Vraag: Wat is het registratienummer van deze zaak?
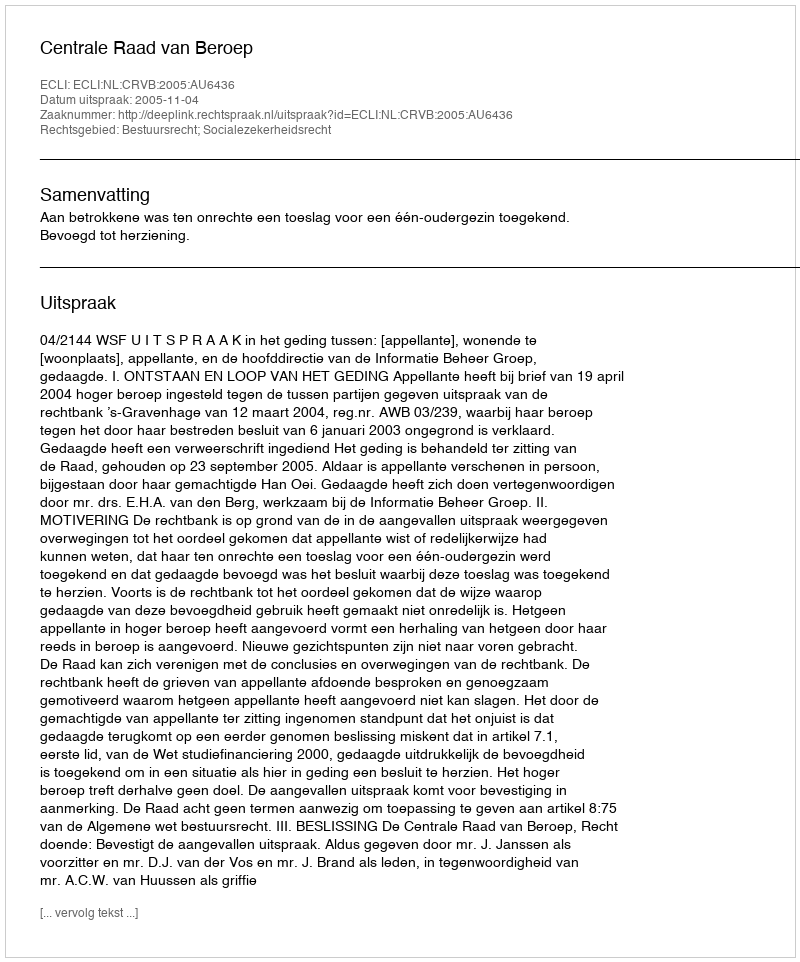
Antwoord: http://deeplink.rechtspraak.nl/uitspraak?id=ECLI:NL:CRVB:2005:AU6436